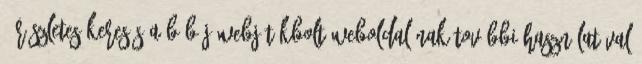
» Részletes keresés A Bűbáj Webjátékbolt weboldalának további használatával